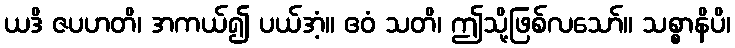
ယဒိ ဇပဟတိ၊ အကယ်၍ ပယ်အံ့။ ဧဝံ သတိ၊ ဤသို့ဖြစ်လသော်။ သစ္စာနိပိ၊